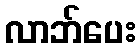
လာဘ်ပေး